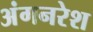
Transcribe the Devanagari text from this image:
अंगनरेश